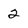
Character: 2